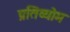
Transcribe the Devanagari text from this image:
प्रतिव्योम